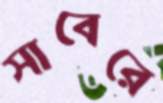
সাবেরে